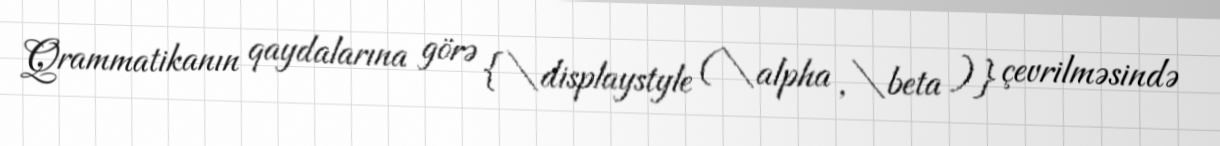
Qrammatikanın qaydalarına görə {\displaystyle (\alpha ,\beta )} çevrilməsində